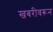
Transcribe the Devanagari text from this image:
खबरीवरून